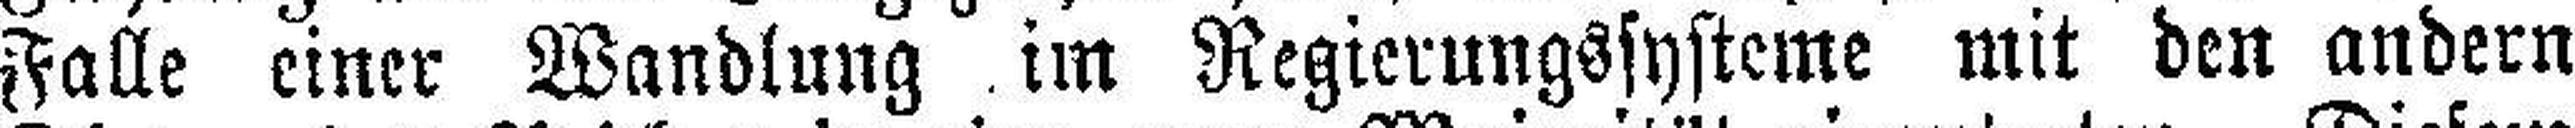
Falle einer Wandlung im Regierungssysteme mit den andern